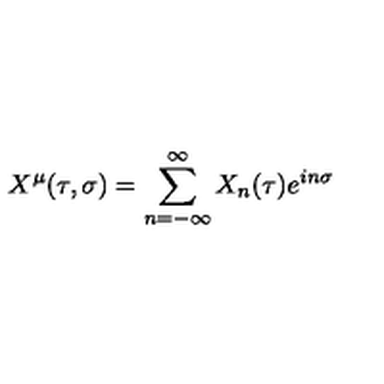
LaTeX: X ^ { \mu } ( \tau , \sigma ) = \sum _ { n = - \infty } ^ { \infty } X _ { n } ( \tau ) e ^ { i n \sigma }